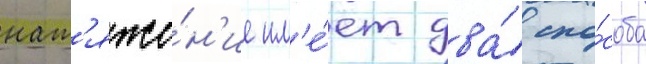
нат'яже́н'ие им'е́ет два́ спо́соба